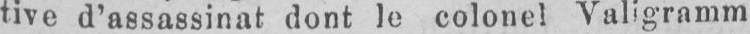
tive d’assassinat dont le colonel Valigramm